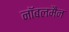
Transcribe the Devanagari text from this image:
नॉबलमैन